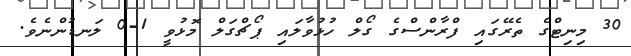
30 މިނިޓްގެ ތެރޭގައި ފްރާންސްގެ ގޯލް ހުޅުވާލައި ޕޯޗްގަލް މޮޅުވީ 1-0 ލަނޑުންނެވެ.